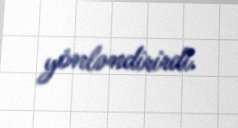
yönləndirirdi.